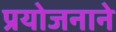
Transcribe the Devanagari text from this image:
प्रयोजनाने